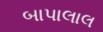
બાપાલાલ